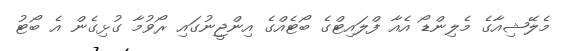
މެލޭޝިއާގެ މެލިންޑޯ އެއާ ފްލައިޓްގެ ބޯޓެއްގެ އިންޖީނުގައި ރޯވުމާ ގުޅިގެން އެ ބޯޓު